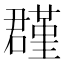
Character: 𡂬